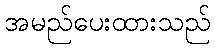
အမည်ပေးထားသည်